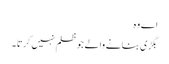
اے وہ
بگڑی بنانے والے جو ظلم نہیں کرتا ۔